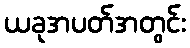
ယခုအပတ်အတွင်း